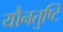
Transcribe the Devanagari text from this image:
यौनतुष्टि